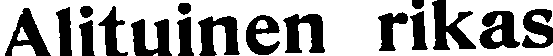
Alituinen rikas